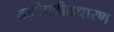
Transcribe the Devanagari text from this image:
यज्ञोपवीतधारण